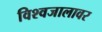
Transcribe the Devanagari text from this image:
विश्वजालावर